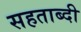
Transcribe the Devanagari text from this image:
सहताब्दी